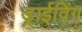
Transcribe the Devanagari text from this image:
ड्राईविंग